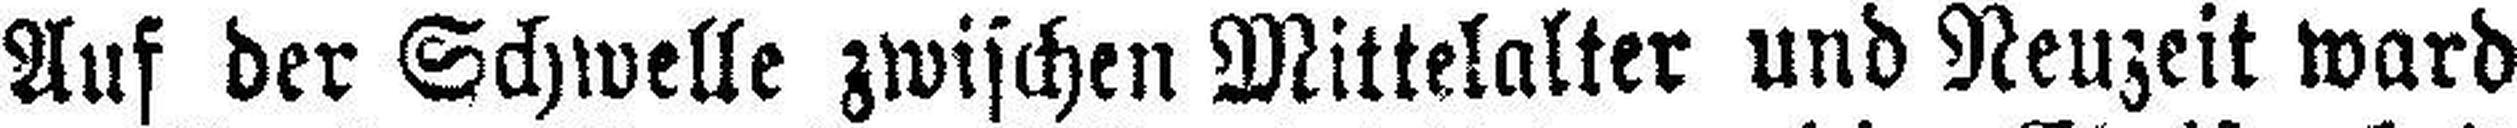
Auf der Schwelle zwischen Mittelalter und Neuzeit ward